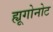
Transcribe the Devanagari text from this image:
ह्यूगोनोट